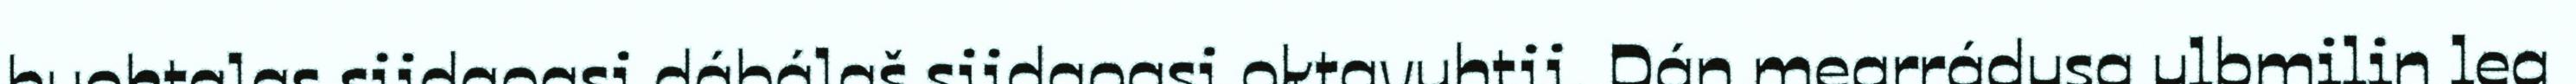
buohtalas siidaoasi dábálaš siidaoasi oktavuhtii. Dán mearrádusa ulbmilin lea